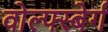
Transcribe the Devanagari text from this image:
वोल्फ्स्बेर्ग